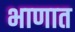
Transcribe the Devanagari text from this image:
भाणात